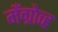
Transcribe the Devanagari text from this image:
मँग्रोव्ह